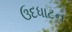
ઉદધાટન